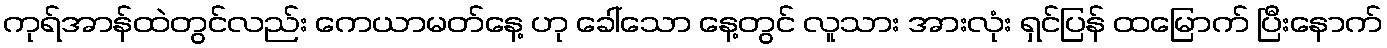
ကုရ်အာန်ထဲတွင်လည်း ကေယာမတ်နေ့ ဟု ခေါ်သော နေ့တွင် လူသား အားလုံး ရှင်ပြန် ထမြောက် ပြီးနောက်